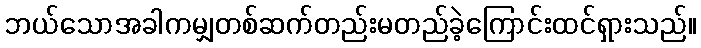
ဘယ်သောအခါကမျှတစ်ဆက်တည်းမတည်ခဲ့ကြောင်းထင်ရှားသည်။